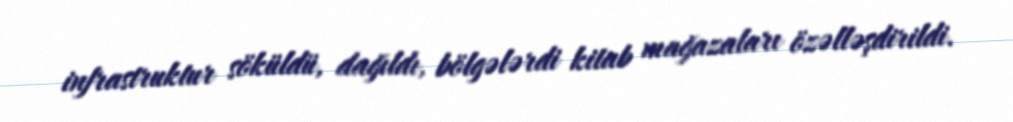
infrastruktur söküldü, dağıldı, bölgələrdi kitab mağazaları özəlləşdirildi.